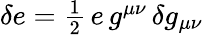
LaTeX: \begin{array}{r}{\delta e=\frac{1}{2}\, e\, g^{\mu\nu}\, \delta g_{\mu\nu}}\end{array}